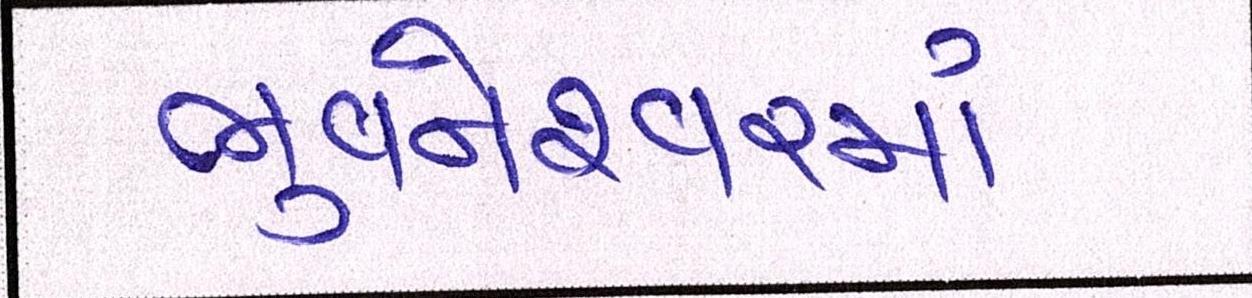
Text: ભુવનેશ્ર્વરમાં